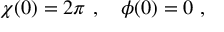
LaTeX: \chi ( 0 ) = 2 \pi \ , \quad \phi ( 0 ) = 0 \ ,